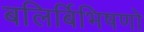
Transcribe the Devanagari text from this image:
बलिर्बिभिषणो